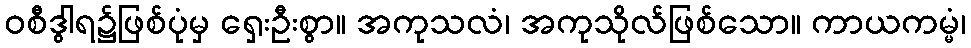
ဝစီဒွါရ၌ဖြစ်ပုံမှ ရှေးဦးစွာ။ အကုသလံ၊ အကုသိုလ်ဖြစ်သော။ ကာယကမ္မံ၊